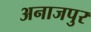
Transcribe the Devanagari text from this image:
अनाजपुर